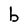
Character: b